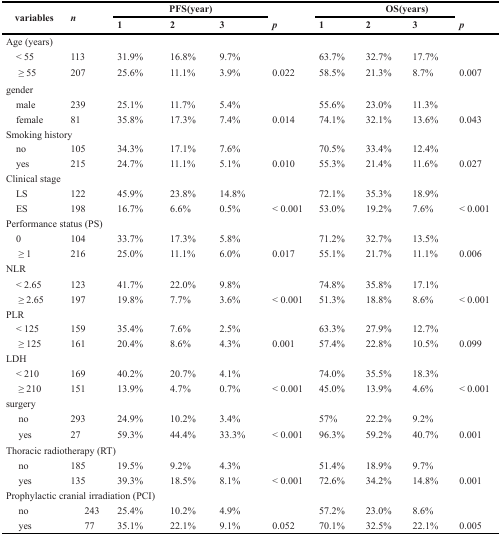
<table><thead><tr><td rowspan="2"><b>variables</b></td><td rowspan="2"><b><i>n</i></b></td><td colspan="3"><b>PFS(year)</b></td><td rowspan="2"><b><i>p</i></b></td><td colspan="3"><b>OS(years)</b></td><td rowspan="2"><b><i>p</i></b></td></tr><tr><td><b>1</b></td><td><b>2</b></td><td><b>3</b></td><td><b>1</b></td><td><b>2</b></td><td><b>3</b></td></tr></thead><tbody><tr><td colspan="10">Age (years)</td></tr><tr><td> &lt; 55</td><td>113</td><td>31.9%</td><td>16.8%</td><td>9.7%</td><td></td><td>63.7%</td><td>32.7%</td><td>17.7%</td><td></td></tr><tr><td> ≥ 55</td><td>207</td><td>25.6%</td><td>11.1%</td><td>3.9%</td><td>0.022</td><td>58.5%</td><td>21.3%</td><td>8.7%</td><td>0.007</td></tr><tr><td colspan="10">gender</td></tr><tr><td> male</td><td>239</td><td>25.1%</td><td>11.7%</td><td>5.4%</td><td></td><td>55.6%</td><td>23.0%</td><td>11.3%</td><td></td></tr><tr><td> female</td><td>81</td><td>35.8%</td><td>17.3%</td><td>7.4%</td><td>0.014</td><td>74.1%</td><td>32.1%</td><td>13.6%</td><td>0.043</td></tr><tr><td colspan="10">Smoking history</td></tr><tr><td> no</td><td>105</td><td>34.3%</td><td>17.1%</td><td>7.6%</td><td></td><td>70.5%</td><td>33.4%</td><td>12.4%</td><td></td></tr><tr><td> yes</td><td>215</td><td>24.7%</td><td>11.1%</td><td>5.1%</td><td>0.010</td><td>55.3%</td><td>21.4%</td><td>11.6%</td><td>0.027</td></tr><tr><td colspan="10">Clinical stage</td></tr><tr><td> LS</td><td>122</td><td>45.9%</td><td>23.8%</td><td>14.8%</td><td></td><td>72.1%</td><td>35.3%</td><td>18.9%</td><td></td></tr><tr><td> ES</td><td>198</td><td>16.7%</td><td>6.6%</td><td>0.5%</td><td>&lt; 0.001</td><td>53.0%</td><td>19.2%</td><td>7.6%</td><td>&lt; 0.001</td></tr><tr><td colspan="10">Performance status (PS)</td></tr><tr><td> 0</td><td>104</td><td>33.7%</td><td>17.3%</td><td>5.8%</td><td></td><td>71.2%</td><td>32.7%</td><td>13.5%</td><td></td></tr><tr><td> ≥ 1</td><td>216</td><td>25.0%</td><td>11.1%</td><td>6.0%</td><td>0.017</td><td>55.1%</td><td>21.7%</td><td>11.1%</td><td>0.006</td></tr><tr><td colspan="10">NLR</td></tr><tr><td> &lt; 2.65</td><td>123</td><td>41.7%</td><td>22.0%</td><td>9.8%</td><td></td><td>74.8%</td><td>35.8%</td><td>17.1%</td><td></td></tr><tr><td> ≥ 2.65</td><td>197</td><td>19.8%</td><td>7.7%</td><td>3.6%</td><td>&lt; 0.001</td><td>51.3%</td><td>18.8%</td><td>8.6%</td><td>&lt; 0.001</td></tr><tr><td colspan="10">PLR</td></tr><tr><td> &lt; 125</td><td>159</td><td>35.4%</td><td>7.6%</td><td>2.5%</td><td></td><td>63.3%</td><td>27.9%</td><td>12.7%</td><td></td></tr><tr><td> ≥ 125</td><td>161</td><td>20.4%</td><td>8.6%</td><td>4.3%</td><td>0.001</td><td>57.4%</td><td>22.8%</td><td>10.5%</td><td>0.099</td></tr><tr><td> LDH</td><td></td><td></td><td></td><td></td><td></td><td></td><td></td><td></td><td></td></tr><tr><td> &lt; 210</td><td>169</td><td>40.2%</td><td>20.7%</td><td>4.1%</td><td></td><td>74.0%</td><td>35.5%</td><td>18.3%</td><td></td></tr><tr><td> ≥ 210</td><td>151</td><td>13.9%</td><td>4.7%</td><td>0.7%</td><td>&lt; 0.001</td><td>45.0%</td><td>13.9%</td><td>4.6%</td><td>&lt; 0.001</td></tr><tr><td> surgery</td><td></td><td></td><td></td><td></td><td></td><td></td><td></td><td></td><td></td></tr><tr><td> no</td><td>293</td><td>24.9%</td><td>10.2%</td><td>3.4%</td><td></td><td>57%</td><td>22.2%</td><td>9.2%</td><td></td></tr><tr><td> yes</td><td>27</td><td>59.3%</td><td>44.4%</td><td>33.3%</td><td>&lt; 0.001</td><td>96.3%</td><td>59.2%</td><td>40.7%</td><td>0.001</td></tr><tr><td colspan="10">Thoracic radiotherapy (RT)</td></tr><tr><td> no</td><td>185</td><td>19.5%</td><td>9.2%</td><td>4.3%</td><td></td><td>51.4%</td><td>18.9%</td><td>9.7%</td><td></td></tr><tr><td> yes</td><td>135</td><td>39.3%</td><td>18.5%</td><td>8.1%</td><td>&lt; 0.001</td><td>72.6%</td><td>34.2%</td><td>14.8%</td><td>0.001</td></tr><tr><td colspan="10">Prophylactic cranial irradiation (PCI)</td></tr><tr><td> no</td><td>243</td><td>25.4%</td><td>10.2%</td><td>4.9%</td><td></td><td>57.2%</td><td>23.0%</td><td>8.6%</td><td></td></tr><tr><td> yes</td><td>77</td><td>35.1%</td><td>22.1%</td><td>9.1%</td><td>0.052</td><td>70.1%</td><td>32.5%</td><td>22.1%</td><td>0.005</td></tr></tbody></table>